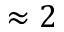
\approx 2